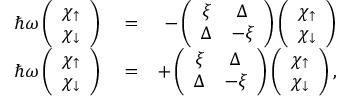
\begin{array} { r l r } { \hbar \omega \left( \begin{array} { c } { \chi _ { \uparrow } } \\ { \chi _ { \downarrow } } \end{array} \right) } & { { } = } & { - \left( \begin{array} { c c } { \xi } & { \Delta } \\ { \Delta } & { - \xi } \end{array} \right) \left( \begin{array} { c } { \chi _ { \uparrow } } \\ { \chi _ { \downarrow } } \end{array} \right) } \\ { \hbar \omega \left( \begin{array} { c } { \chi _ { \uparrow } } \\ { \chi _ { \downarrow } } \end{array} \right) } & { { } = } & { + \left( \begin{array} { c c } { \xi } & { \Delta } \\ { \Delta } & { - \xi } \end{array} \right) \left( \begin{array} { c } { \chi _ { \uparrow } } \\ { \chi _ { \downarrow } } \end{array} \right) , } \end{array}